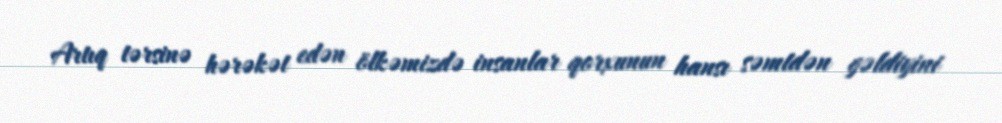
Artıq tərsinə hərəkət edən ölkəmizdə insanlar qorxunun hansı səmtdən gəldiyini